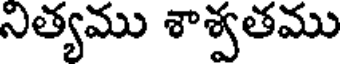
నిత్యము శాశ్వతము